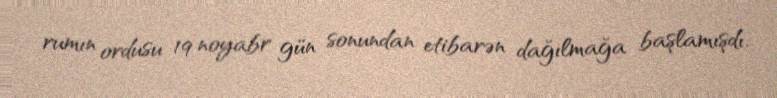
rumın ordusu 19 noyabr gün sonundan etibarən dağılmağa başlamışdı.